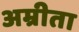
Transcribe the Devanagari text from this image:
अम्रीता